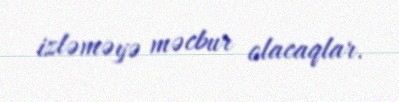
izləməyə məcbur olacaqlar.